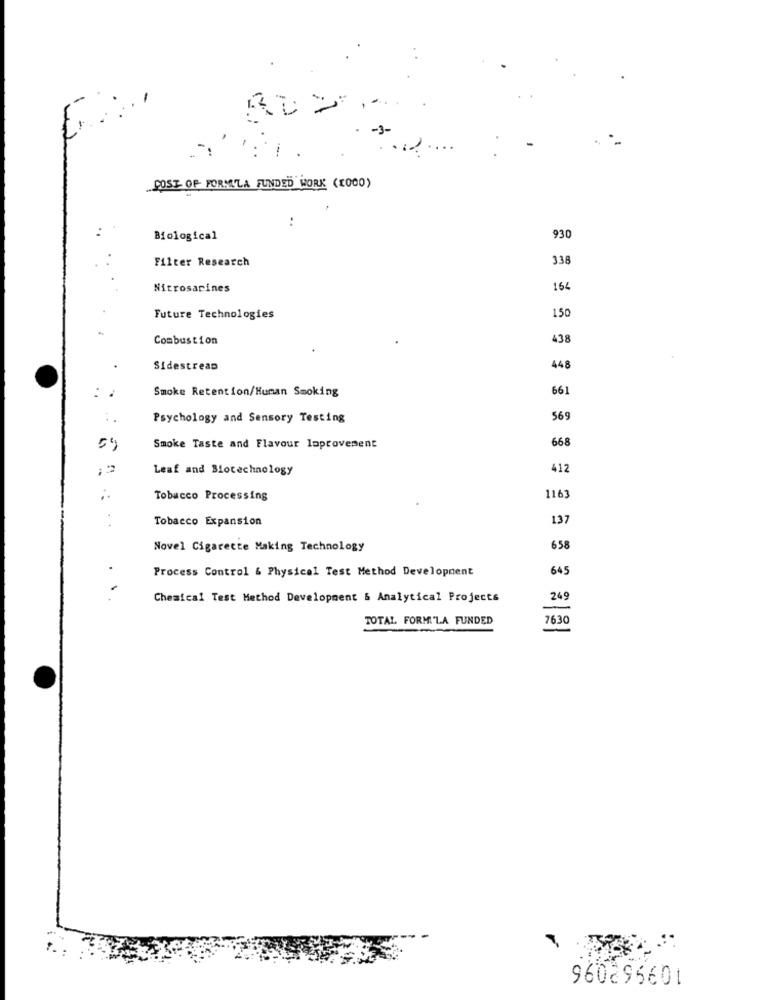
-3-
...
-
POST OF FORMULA FUNDED WORK (2000)
..
Biological
930
Filter Research
338
Nitrosarines
164
150
Future Technologies
Combustion
438
Sidestream
448
Smoke Retention/Human Smoking
661
Psychology and Sensory Testing
569
668
5'
Smoke Taste and Flavour loprovement
Leaf and Biotechnology
412
Tobacco Processing
116
Tobacco Expansion
137
Novel Cigarette Making Technology
658
Process Control & Physical Test Method Development
645
Chemical Test Method Development & Analytical Projects
269
TOTAL FORM'LA FUNDED
7630
960296601